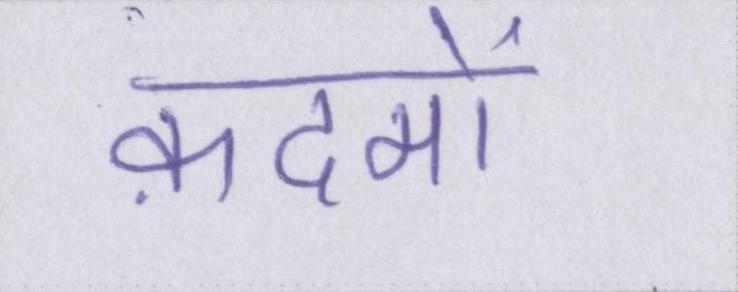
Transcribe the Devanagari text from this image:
क़दमों